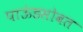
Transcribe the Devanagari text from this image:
पाऊंडसोबत